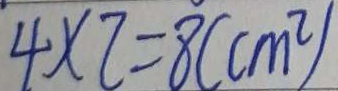
4 \times 7 = 8 ( c m ^ { 2 } )